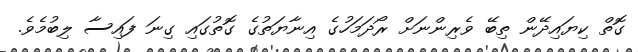
ގޮތް ކިޔައިދޭން ތިބޭ ވެރިންނަށް ރޯދަމަހުގެ އިނާޔަތުގެ ގޮތުގައި ގިނަ ފައިސާ ލިބުމެވެ.